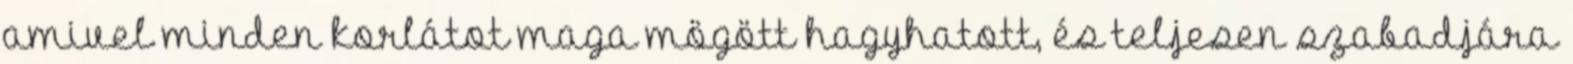
amivel minden korlátot maga mögött hagyhatott, és teljesen szabadjára